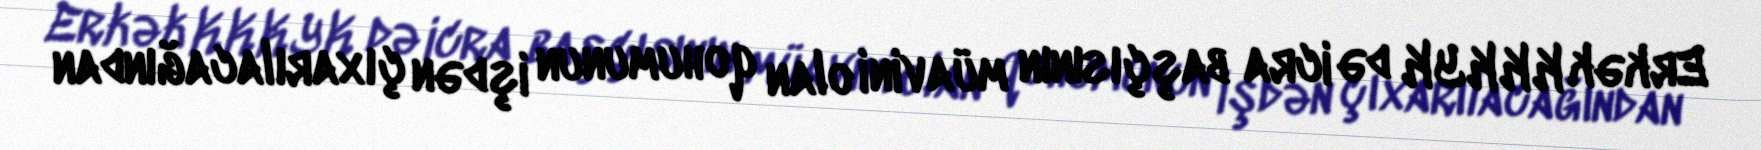
Erkək KKKYK də icra başçısının müavini olan qohumunun işdən çıxarılacağından